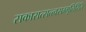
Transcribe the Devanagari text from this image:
सकारात्सत्त्वसम्भूतिरिति